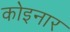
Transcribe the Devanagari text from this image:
कोइनार